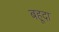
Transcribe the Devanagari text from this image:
बहूदा